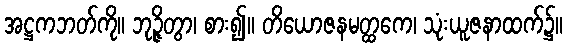
အဋ္ဌကဘတ်ကို။ ဘုဉ္ဇိတွာ၊ စား၍။ တိယောဇနမတ္ထကေ၊ သုံးယူဇနာထက်၌။